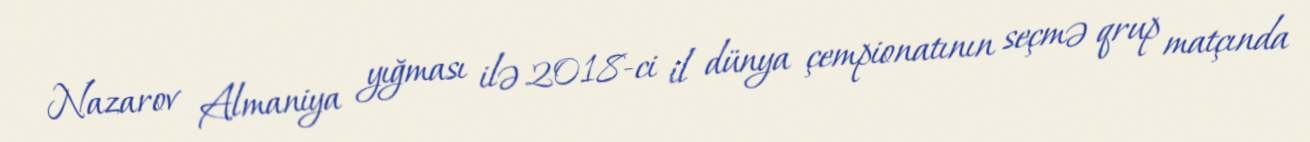
Nazarov Almaniya yığması ilə 2018-ci il dünya çempionatının seçmə qrup matçında